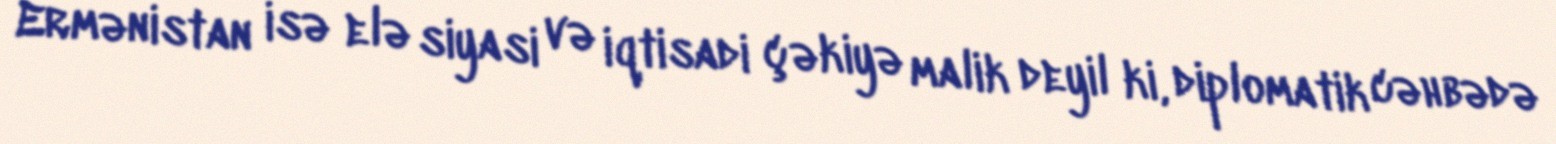
Ermənistan isə elə siyasi və iqtisadi çəkiyə malik deyil ki, diplomatik cəhbədə